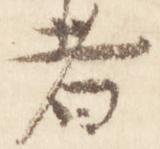
者